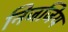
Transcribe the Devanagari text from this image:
निजजिय